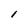
Character: l